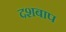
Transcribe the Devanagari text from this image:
दशबाप